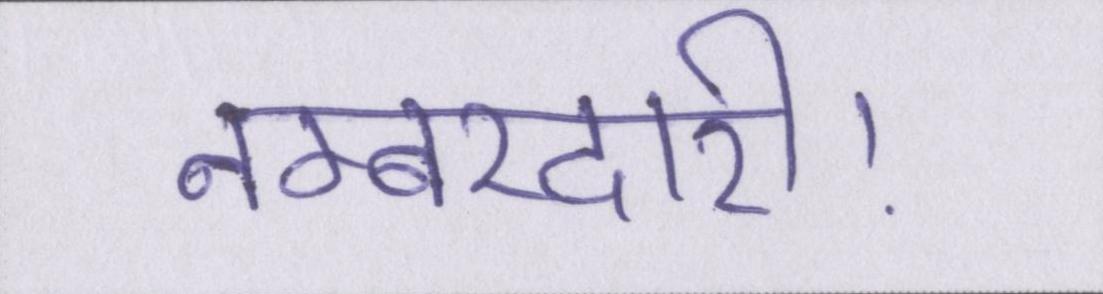
नम्बरदारी।